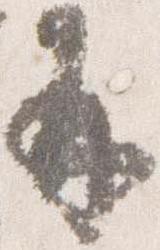
并